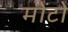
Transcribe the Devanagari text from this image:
मोंटों